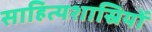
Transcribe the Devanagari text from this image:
साहित्यशास्रियों